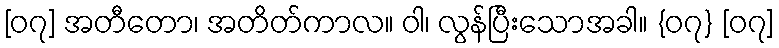
[၀၇] အတီတော၊ အတိတ်ကာလ။ ဝါ၊ လွန်ပြီးသောအခါ။ {၀၇} [၀၇]